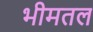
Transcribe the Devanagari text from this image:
भीमतल